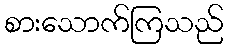
စားသောက်ကြသည်